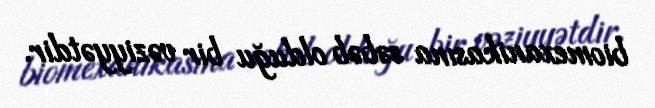
biomexanikasına səbəb olduğu bir vəziyyətdir.